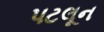
પટલૂન